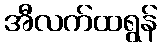
အီလက်ထရွန်